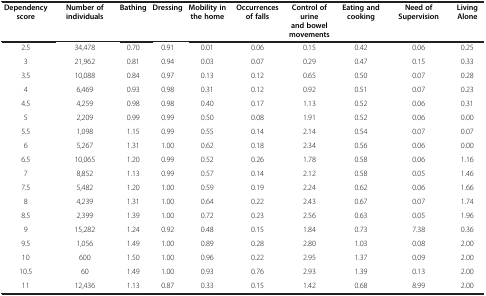
<table><thead><tr><td><b>Dependency score</b></td><td><b>Number of individuals</b></td><td><b>Bathing</b></td><td><b>Dressing</b></td><td><b>Mobility in the home</b></td><td><b>Occurrences of falls</b></td><td><b>Control of urine and bowel movements</b></td><td><b>Eating and cooking</b></td><td><b>Need of Supervision</b></td><td><b>Living Alone</b></td></tr></thead><tbody><tr><td>2.5</td><td>34,478</td><td>0.70</td><td>0.91</td><td>0.01</td><td>0.06</td><td>0.15</td><td>0.42</td><td>0.06</td><td>0.25</td></tr><tr><td>3</td><td>21,962</td><td>0.81</td><td>0.94</td><td>0.03</td><td>0.07</td><td>0.29</td><td>0.47</td><td>0.15</td><td>0.33</td></tr><tr><td>3.5</td><td>10,088</td><td>0.84</td><td>0.97</td><td>0.13</td><td>0.12</td><td>0.65</td><td>0.50</td><td>0.07</td><td>0.28</td></tr><tr><td>4</td><td>6,469</td><td>0.93</td><td>0.98</td><td>0.31</td><td>0.12</td><td>0.92</td><td>0.51</td><td>0.07</td><td>0.23</td></tr><tr><td>4.5</td><td>4,259</td><td>0.98</td><td>0.98</td><td>0.40</td><td>0.17</td><td>1.13</td><td>0.52</td><td>0.06</td><td>0.31</td></tr><tr><td>5</td><td>2,209</td><td>0.99</td><td>0.99</td><td>0.50</td><td>0.08</td><td>1.91</td><td>0.52</td><td>0.06</td><td>0.00</td></tr><tr><td>5.5</td><td>1,098</td><td>1.15</td><td>0.99</td><td>0.55</td><td>0.14</td><td>2.14</td><td>0.54</td><td>0.07</td><td>0.07</td></tr><tr><td>6</td><td>5,267</td><td>1.31</td><td>1.00</td><td>0.62</td><td>0.18</td><td>2.34</td><td>0.56</td><td>0.06</td><td>0.00</td></tr><tr><td>6.5</td><td>10,065</td><td>1.20</td><td>0.99</td><td>0.52</td><td>0.26</td><td>1.78</td><td>0.58</td><td>0.06</td><td>1.16</td></tr><tr><td>7</td><td>8,852</td><td>1.13</td><td>0.99</td><td>0.57</td><td>0.14</td><td>2.12</td><td>0.58</td><td>0.05</td><td>1.46</td></tr><tr><td>7.5</td><td>5,482</td><td>1.20</td><td>1.00</td><td>0.59</td><td>0.19</td><td>2.24</td><td>0.62</td><td>0.06</td><td>1.66</td></tr><tr><td>8</td><td>4,239</td><td>1.31</td><td>1.00</td><td>0.64</td><td>0.22</td><td>2.43</td><td>0.67</td><td>0.07</td><td>1.74</td></tr><tr><td>8.5</td><td>2,399</td><td>1.39</td><td>1.00</td><td>0.72</td><td>0.23</td><td>2.56</td><td>0.63</td><td>0.05</td><td>1.96</td></tr><tr><td>9</td><td>15,282</td><td>1.24</td><td>0.92</td><td>0.48</td><td>0.15</td><td>1.84</td><td>0.73</td><td>7.38</td><td>0.36</td></tr><tr><td>9.5</td><td>1,056</td><td>1.49</td><td>1.00</td><td>0.89</td><td>0.28</td><td>2.80</td><td>1.03</td><td>0.08</td><td>2.00</td></tr><tr><td>10</td><td>600</td><td>1.50</td><td>1.00</td><td>0.96</td><td>0.22</td><td>2.95</td><td>1.37</td><td>0.09</td><td>2.00</td></tr><tr><td>10.5</td><td>60</td><td>1.49</td><td>1.00</td><td>0.93</td><td>0.76</td><td>2.93</td><td>1.39</td><td>0.13</td><td>2.00</td></tr><tr><td>11</td><td>12,436</td><td>1.13</td><td>0.87</td><td>0.33</td><td>0.15</td><td>1.42</td><td>0.68</td><td>8.99</td><td>2.00</td></tr></tbody></table>